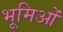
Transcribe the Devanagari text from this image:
भूमिओं